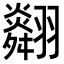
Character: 𦒪